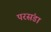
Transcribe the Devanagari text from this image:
परसंडा